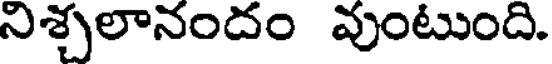
నిశ్చలానందం వుంటుంది.